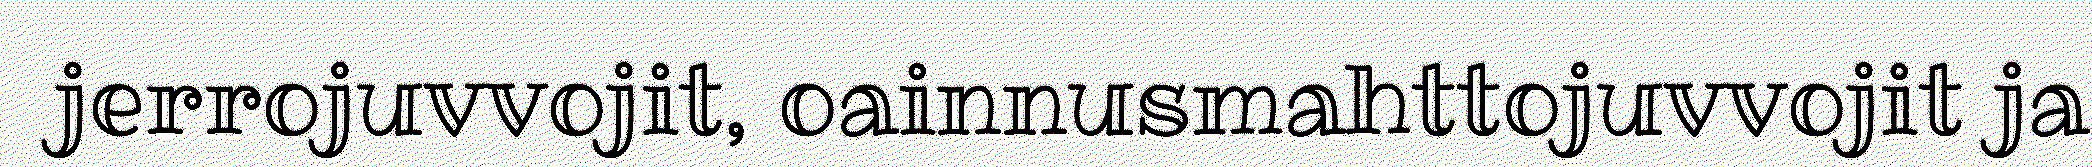
jerrojuvvojit, oainnusmahttojuvvojit ja